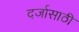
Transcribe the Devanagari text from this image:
दर्जासाठी